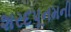
શરદપૂનમની